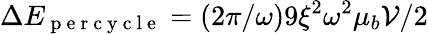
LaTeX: \Delta E_{\mathrm{~p~e~r~c~y~c~l~e~}}=(2\pi/\omega)9\xi^{2}\omega^{2}\mu_{b}\mathcal{V}/2